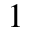
^ { 1 }